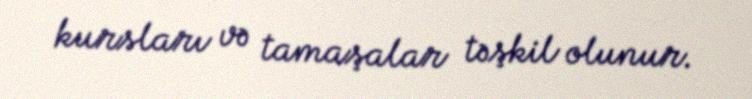
kursları və tamaşalar təşkil olunur.